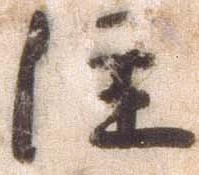
注